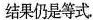
结果仍是等式.